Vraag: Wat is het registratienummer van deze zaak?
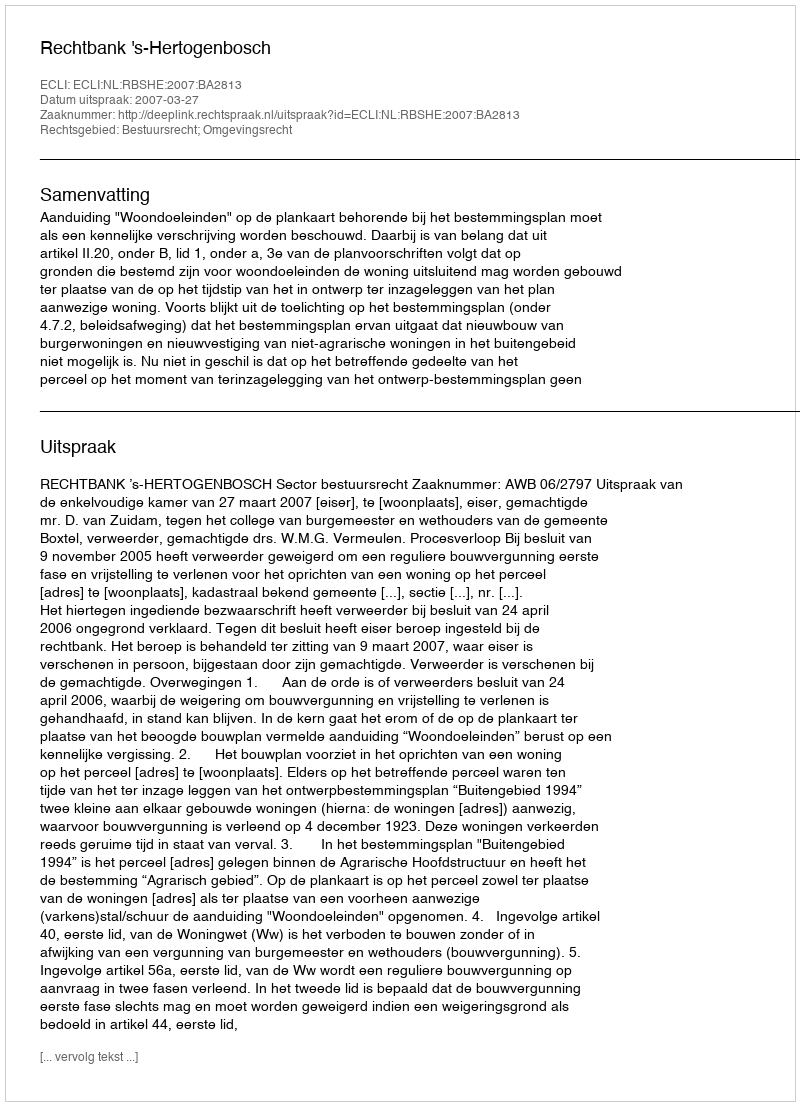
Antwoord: http://deeplink.rechtspraak.nl/uitspraak?id=ECLI:NL:RBSHE:2007:BA2813